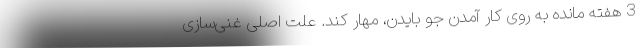
3 هفته مانده به روی کار آمدن جو بایدن، مهار کند. علت اصلی غنی‌سازی